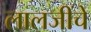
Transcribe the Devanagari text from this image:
लालजींचे